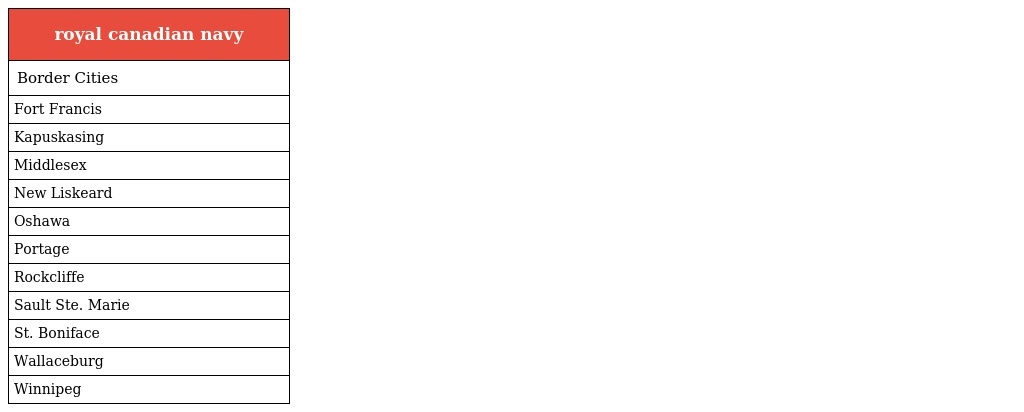
| royal canadian navy |
 | --- |
 | Border Cities |
 | Fort Francis |
 | Kapuskasing |
 | Middlesex |
 | New Liskeard |
 | Oshawa |
 | Portage |
 | Rockcliffe |
 | Sault Ste. Marie |
 | St. Boniface |
 | Wallaceburg |
 | Winnipeg |